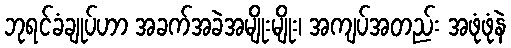
ဘုရင်ခံချုပ်ဟာ အခက်အခဲအမျိုးမျိုး၊ အကျပ်အတည်း အဖုံဖုံနဲ